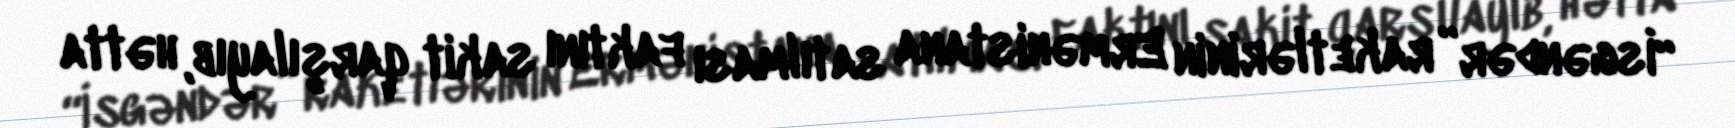
“İsgəndər” raketlərinin Ermənistana satılması faktını sakit qarşılayıb, hətta